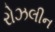
રોઝલીન